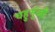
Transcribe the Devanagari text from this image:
चहुमुंखी